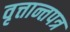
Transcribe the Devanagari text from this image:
वृत्तान्तपत्र